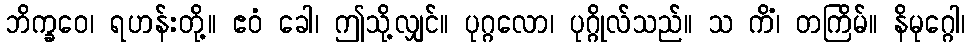
ဘိက္ခဝေ၊ ရဟန်းတို့။ ဧဝံ ခေါ၊ ဤသို့လျှင်။ ပုဂ္ဂလော၊ ပုဂ္ဂိုလ်သည်။ သ ကိံ၊ တကြိမ်။ နိမုဂ္ဂေါ၊